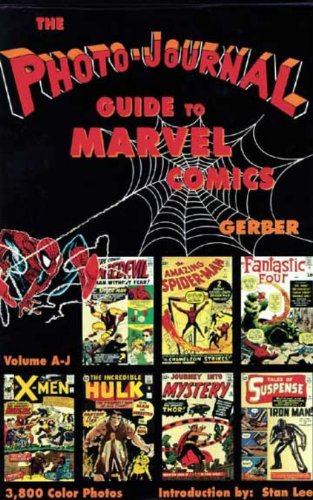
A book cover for Photo-Journal Guide to Marvel Comics Volume 3 (A-J); Ernst Gerber; Crafts, Hobbies & Home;